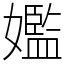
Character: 㜮